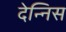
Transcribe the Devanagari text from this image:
देन्निस